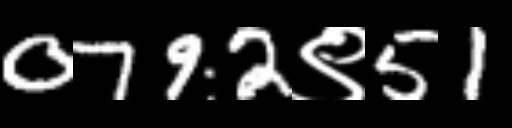
Text: 0792९51